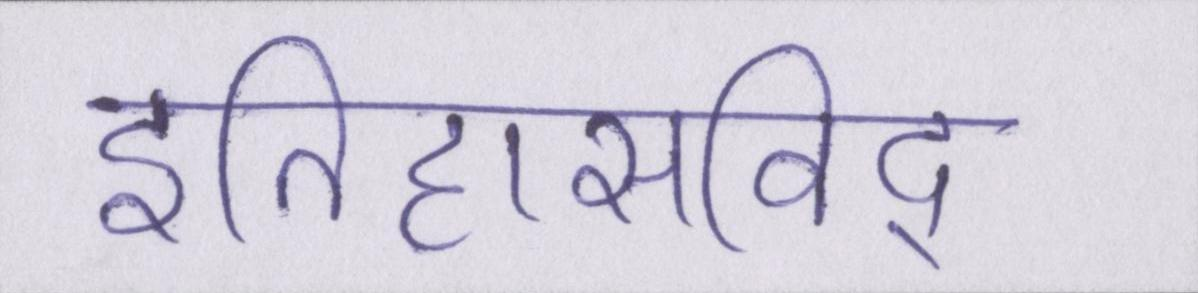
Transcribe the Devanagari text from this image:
इतिहासविद्